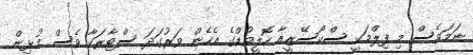
ނަމަވެސް މި ފިލްމަކީ ސްކޯސޭޒީއާ ހޮލީވުޑްގެ އެހެން ވަރުގަދަ ސްޓާރަކާ ވެސް މުޅިން